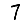
Digit: 7